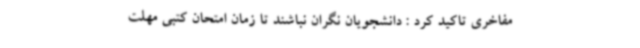
مفاخری تاکید کرد : دانشجویان نگران نباشند تا زمان امتحان کتبی مهلت